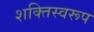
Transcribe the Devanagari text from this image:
शक्तिस्वरूप